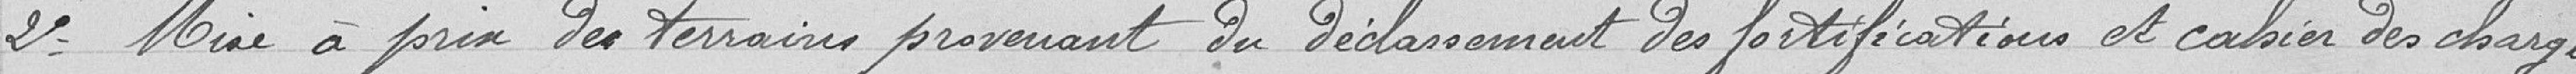
2° Mise à pris des terrain provenant du déclassement des fortifications et cahier des charges.